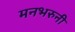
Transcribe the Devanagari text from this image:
मनभरुनी